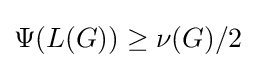
\Psi (L(G))\geq \nu (G)/2